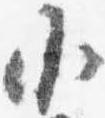
小